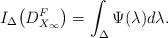
LaTeX: \begin{align*}I_\Delta \big(D^F_{X_\infty}\big)= \int_\Delta \Psi(\lambda) d\lambda.\end{align*}